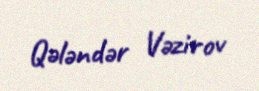
Qələndər Vəzirov